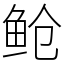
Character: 䲝